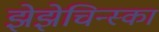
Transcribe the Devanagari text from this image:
झेझेचिन्स्का